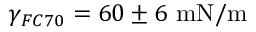
\gamma _ { F C 7 0 } = 6 0 \pm 6 ~ \mathrm { m N / m }